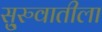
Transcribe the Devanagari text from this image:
सु्रुवातीला